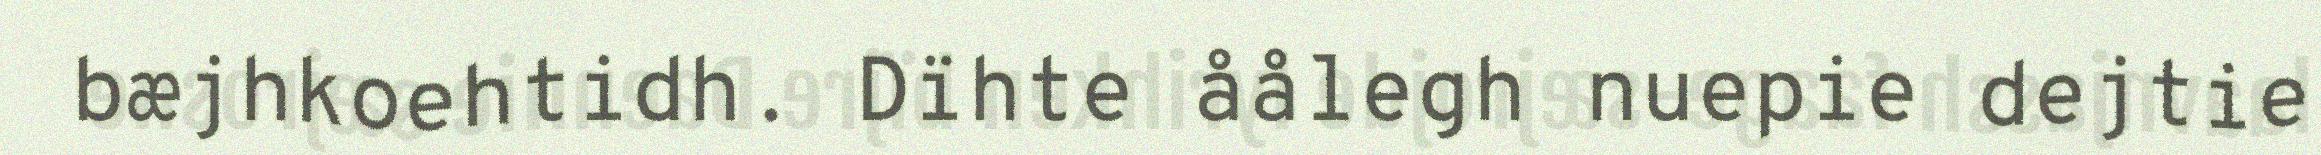
bæjhkoehtidh. Dïhte åålegh nuepie dejtie